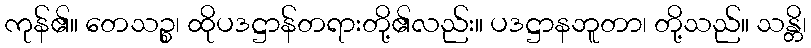
ကုန်၏။ တေသဉ္စ၊ ထိုပဒဋ္ဌာန်တရားတို့၏လည်း။ ပဒဋ္ဌာနဘူတာ၊ တို့သည်။ သန္တိ၊